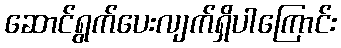
ဆောင်ရွက်ပေးလျက်ရှိပါကြောင်း